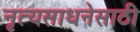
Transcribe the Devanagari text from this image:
नृत्यसाधनेसाठी